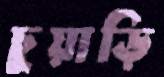
চুয়াড়ি